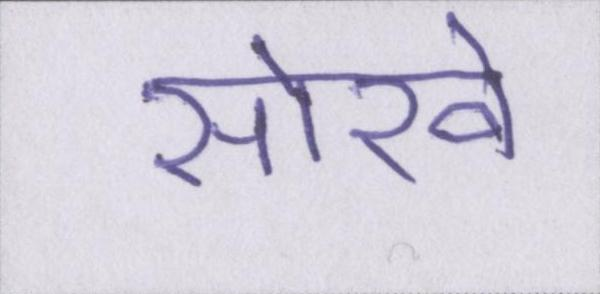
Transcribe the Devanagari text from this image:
सोखे